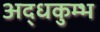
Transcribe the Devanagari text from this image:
अद्धकुम्भ